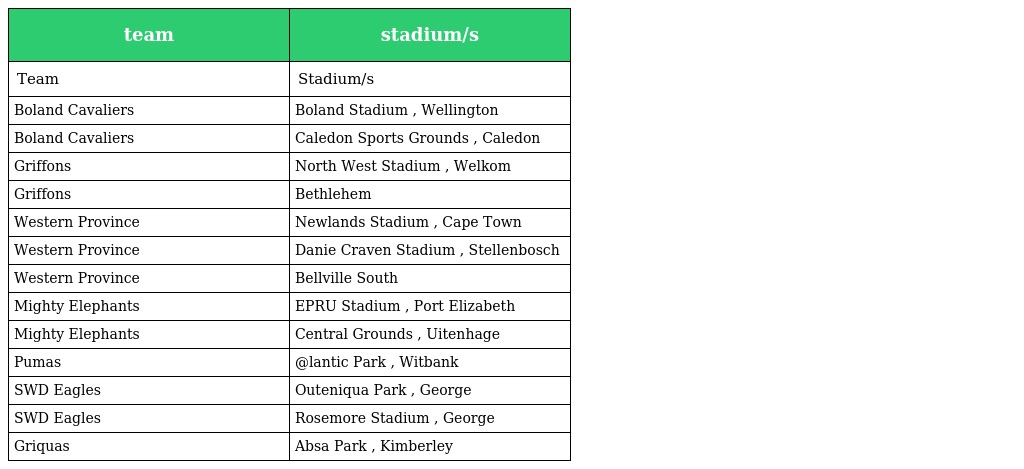
| team | stadium/s |
 | --- | --- |
 | Team | Stadium/s |
 | Boland Cavaliers | Boland Stadium , Wellington |
 | Boland Cavaliers | Caledon Sports Grounds , Caledon |
 | Griffons | North West Stadium , Welkom |
 | Griffons | Bethlehem |
 | Western Province | Newlands Stadium , Cape Town |
 | Western Province | Danie Craven Stadium , Stellenbosch |
 | Western Province | Bellville South |
 | Mighty Elephants | EPRU Stadium , Port Elizabeth |
 | Mighty Elephants | Central Grounds , Uitenhage |
 | Pumas | @lantic Park , Witbank |
 | SWD Eagles | Outeniqua Park , George |
 | SWD Eagles | Rosemore Stadium , George |
 | Griquas | Absa Park , Kimberley |